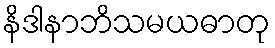
နိဒါနာဘိသမယဓာတု